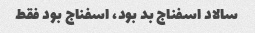
سالاد اسفناج بد بود، اسفناج بود فقط